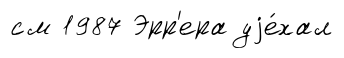
см 1987 Эрр'ера уjе́хал